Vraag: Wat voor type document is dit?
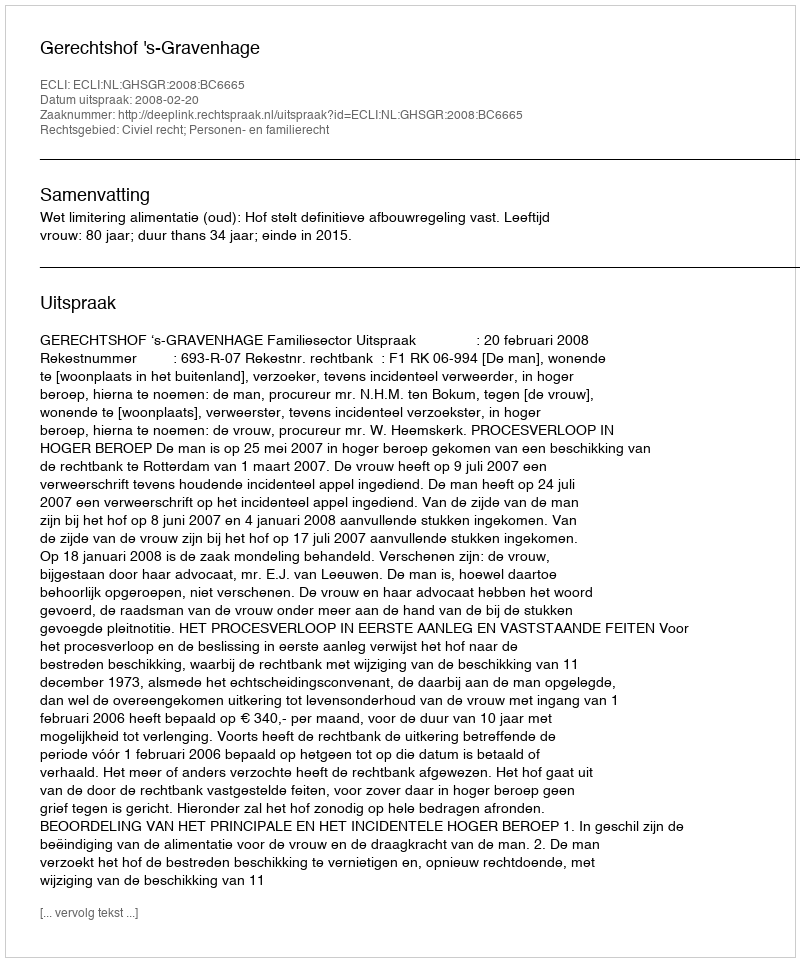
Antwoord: Uitspraak